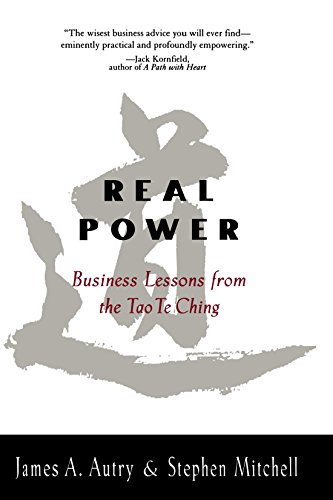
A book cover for Real Power: Business Lessons From the Tao Te Ching; James Autry; Religion & Spirituality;